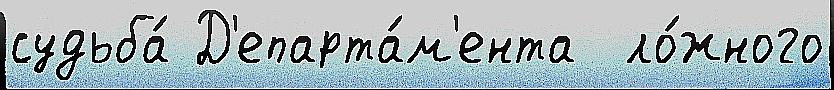
судьба́ Д'епарта́м'ента  ло́жного